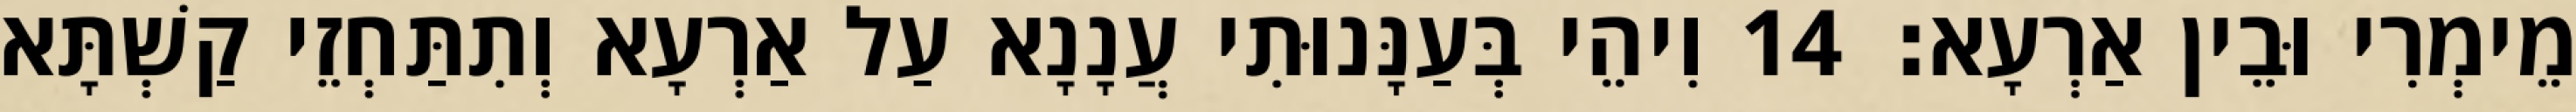
מֵימְרִי וּבֵין אַרְעָא׃ 14 וִיהֵי בְּעַנָּנוּתִי עֲנָנָא עַל אַרְעָא וְתִתַּחְזֵי קַשְׁתָּא